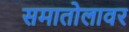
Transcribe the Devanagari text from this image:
समातोलावर